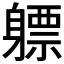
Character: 𬧯